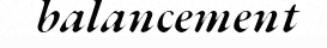
balancement